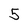
Character: 5